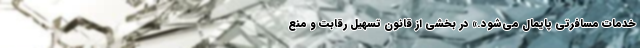
خدمات مسافرتی پایمال می‌شود.» در بخشی از قانون تسهیل رقابت و منع